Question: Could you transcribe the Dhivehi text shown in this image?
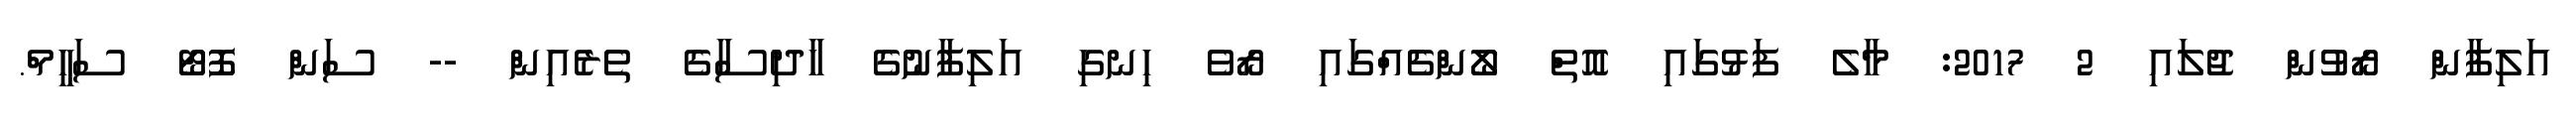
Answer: އަލިފާން ރޯވުން ޖުލައި 2 2017: މާލެ ފަޅުގައި އޮތް ލޯންޗެއްގައި ރޯވެ ހިނގި އަލިފާނުގެ ހާދިސާގެ ތެރެއިން -- ސަން ފޮޓޯ ސަހީމް.